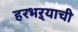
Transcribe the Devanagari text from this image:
हरभऱ्याची